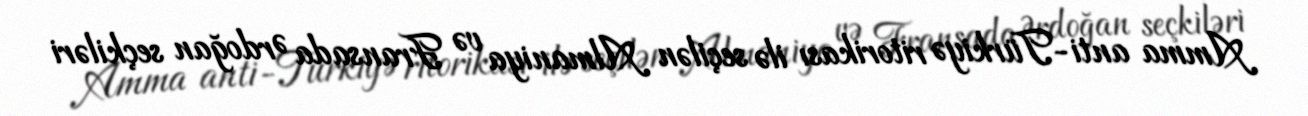
Amma anti-Türkiyə ritorikası ilə seçilən Almaniya və Fransada Ərdoğan seçkiləri